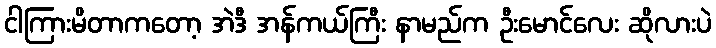
ငါကြားမိတာကတော့ အဲဒီ အန်ကယ်ကြီး နာမည်က ဦးမောင်လေး ဆိုလားပဲ